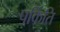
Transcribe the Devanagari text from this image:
पर्किति